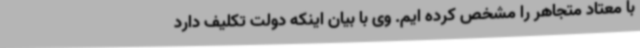
با معتاد متجاهر را مشخص کرده ایم. وی با بیان اینکه دولت تکلیف دارد